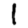
Digit: 1